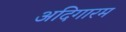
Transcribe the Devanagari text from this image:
अदिगारम